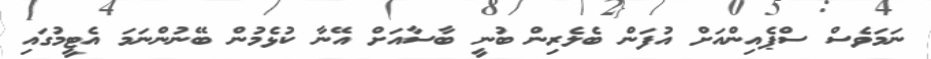
ނަމަވެސް ސްޕެއިންއަށް އުފަން ބެލެރިން ބުނީ ބާސާއަށް އޭނާ ކުޅެމުން ބޭނުންނަމަ އެޓީމުގައި